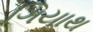
ગિયાથ